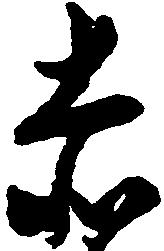
赤